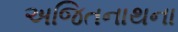
અજિતનાથના